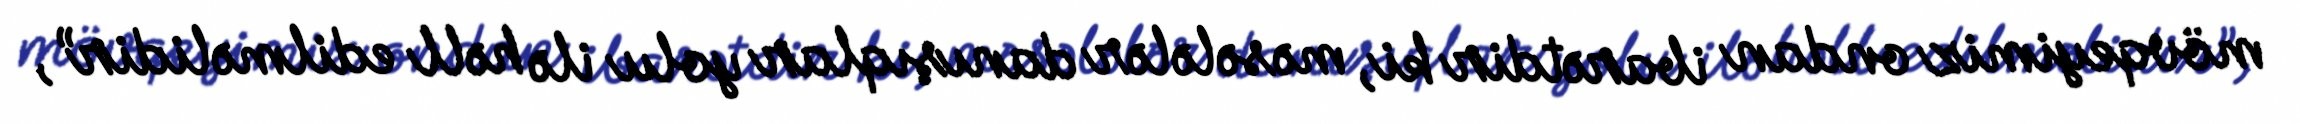
mövqeyimiz ondan ibarətdir ki, məsələlər danışıqlar yolu ilə həll edilməlidir”,